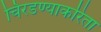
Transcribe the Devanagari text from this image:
चिरडण्याकरिता